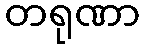
တရုဏာ